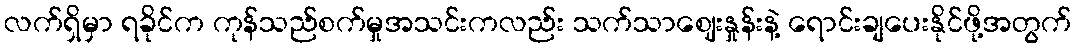
လက်ရှိမှာ ရခိုင်က ကုန်သည်စက်မှုအသင်းကလည်း သက်သာဈေးနှုန်းနဲ့ ရောင်းချပေးနိုင်ဖို့အတွက်